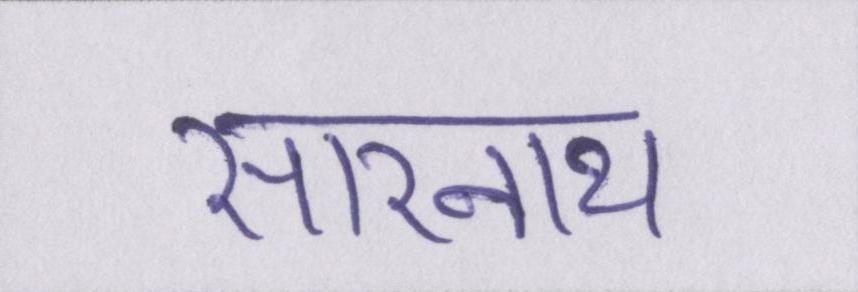
सारनाथ